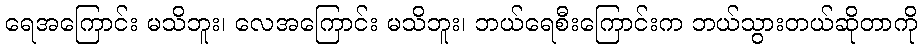
ရေအကြောင်း မသိဘူး၊ လေအကြောင်း မသိဘူး၊ ဘယ်ရေစီးကြောင်းက ဘယ်သွားတယ်ဆိုတာကို